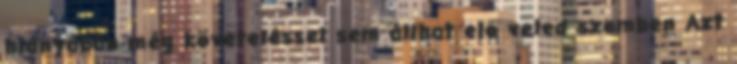
hiányában még követeléssel sem állhat elő veled szemben Azt